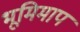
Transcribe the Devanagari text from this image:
भूमिमाप